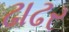
ઢાઢર